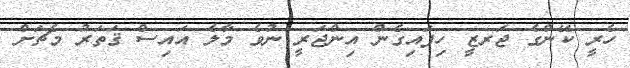
ހެރީ ކޭންގެ ޖަރޒީ ހިފައިގެން އިންޖަރީ ނުވެ މާލެ އައިސް ޤަތަރު މެޗަށް